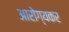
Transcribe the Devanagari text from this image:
आरोग्यकर